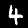
Label: 4